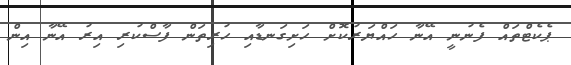
ޕެކެޓްތައް ފެނުނީ އޭނާ ހައްޔަރުކޮށް ހަށިގަނޑާއި ހުރިތަން ފާސްކުރި އިރު އޭނާ އިން